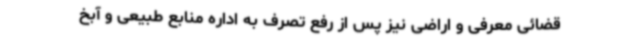
قضائی معرفی و اراضی نیز پس از رفع تصرف به اداره منابع طبیعی و آبخ